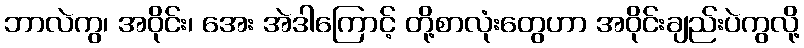
ဘာလဲကွ၊ အဝိုင်း၊ အေး အဲဒါကြောင့် တို့စာလုံးတွေဟာ အဝိုင်းချည်းပဲကွလို့